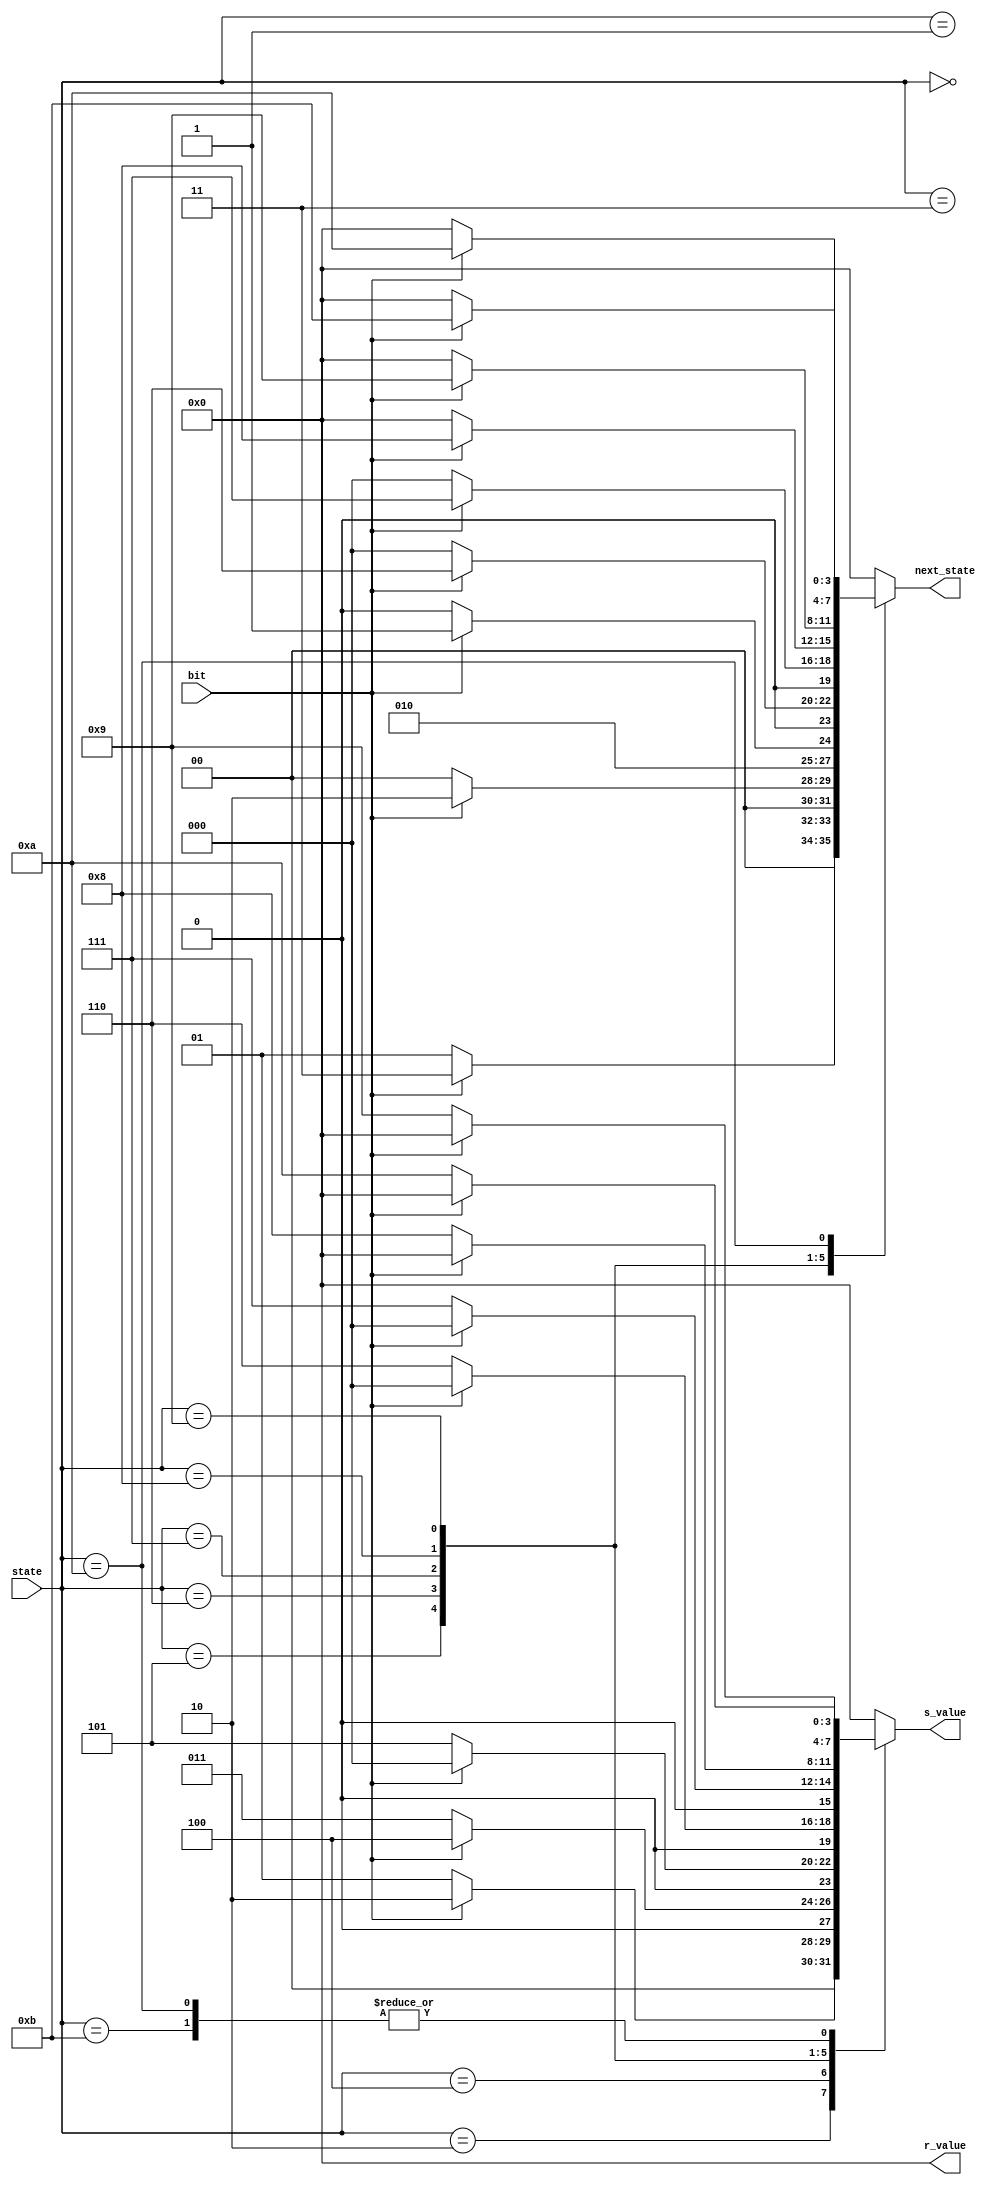
//////////////////////////////////////////////////////////////////////////////////
// Module Name: DC Huffman Table
// Description: Maps encoded input sequence into output values (R-S values)
//              for DC by using Huffman algorithm
//////////////////////////////////////////////////////////////////////////////////

`timescale 1ns / 1ps

module DC_Huffman_Table (
    input bit,                  //Encoded bit sequence
    input [3:0] state,
    output reg [3:0] r_value,   //Run length (Count of zeros before number)
    output reg [3:0] s_value,   //Number length (Bit length of the number after zeros)
    output reg [3:0] next_state
);

    //Maps input sequence to output values (S-R values)
    always @(*)begin
        r_value <= 4'b0;
        s_value <= 4'b0;    
        next_state <= 0;

        case(state)
            0: begin
                //none 
                if(bit == 0)begin
                    next_state <= 1;
                end else begin
                    next_state <= 3;
                end
            end
            1: begin
                //0
                if(bit == 0) begin
                    r_value <= 4'd0;
                    s_value <= 4'd0;
                    next_state <= 0;
                end else begin
                    next_state <= 2;
                end
            end
            2: begin
                //01
                if(bit == 0)begin
                    r_value <= 4'd0;
                    s_value <= 4'd1;
                    next_state <= 0;
                end else begin
                    r_value <= 4'd0;
                    s_value <= 4'd2;
                    next_state <= 0;
                end
            end
            3: begin
                //1
                if(bit == 0)begin
                    next_state <= 4;
                end else begin
                    next_state <= 5;
                end
            end
            4: begin
                //10
                if(bit == 0)begin
                    r_value <= 4'd0;
                    s_value <= 4'd3;
                    next_state <= 0;
                end else begin
                    r_value <= 4'd0;
                    s_value <= 4'd4;
                    next_state <= 0;
                end
            end
            5: begin
                //11
                if(bit == 0)begin
                    r_value <= 4'd0;
                    s_value <= 4'd5;
                    next_state <= 0;
                end else begin
                    next_state <= 6;
                end
            end
            6: begin
                //111
                if(bit == 0)begin
                    r_value <= 4'd0;
                    s_value <= 4'd6;
                    next_state <= 0;
                end else begin
                    next_state <= 7;
                end
            end
            7: begin
                //1111
                if(bit == 0)begin
                    r_value <= 4'd0;
                    s_value <= 4'd7;
                    next_state <= 0;
                end else begin
                    next_state <= 8;
                end
            end
            8: begin
                //11111
                if(bit == 0)begin
                    r_value <= 4'd0;
                    s_value <= 4'd8;
                    next_state <= 0;
                end else begin
                    next_state <= 9;
                end
            end
            9: begin
                //111111
                if(bit == 0)begin
                    r_value <= 4'd0;
                    s_value <= 4'd9;
                    next_state <= 0;
                end else begin
                    next_state <= 10;
                end
            end
            10: begin
                //1111111
                if(bit == 0)begin
                    r_value <= 4'd0;
                    s_value <= 4'd10;
                    next_state <= 0;
                end else begin
                    next_state <= 11;
                end
            end
            11: begin
                //11111111
                if(bit == 0)begin
                    r_value <= 4'd0;
                    s_value <= 4'd10;
                    next_state <= 0;
                end else begin
                    next_state <= 0;
                end
            end
        endcase
    end

endmodule